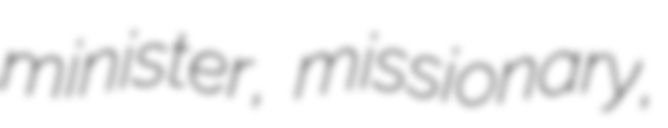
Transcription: minister, missionary,